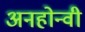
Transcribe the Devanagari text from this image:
अनहोन्‍वी